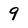
Character: 9